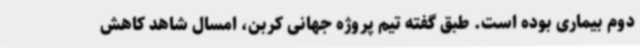
دوم بیماری بوده است. طبق گفته تیم پروژه جهانی کربن، امسال شاهد کاهش